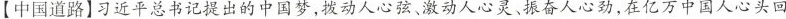
【中国道路】习近平总书记提出的中国梦，拨动人心弦、激动人心灵、振奋人心劲，在亿万中国人心头回